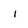
Character: 1